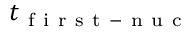
t _ { \mathrm { ~ f ~ i ~ r ~ s ~ t ~ - ~ n ~ u ~ c ~ } }